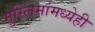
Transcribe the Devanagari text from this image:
मुस्लिमांमध्येही